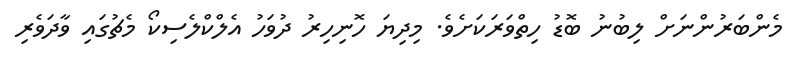
މެންބަރުންނަށް ލިބުނު ބޮޑު ހިތްވަރަކަށެވެ. މިދިޔަ ހޮނިހިރު ދުވަހު އެލްކްލެސިކޯ މެޗުގައި ވާދަވެރި